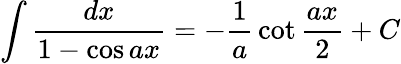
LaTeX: \int{\frac{dx}{1-\cos ax}}=-{\frac{1}{a}}\cot{\frac{ax}{2}}+C